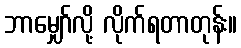
ဘာမျှော်လို့ လိုက်ရတာတုန်း။